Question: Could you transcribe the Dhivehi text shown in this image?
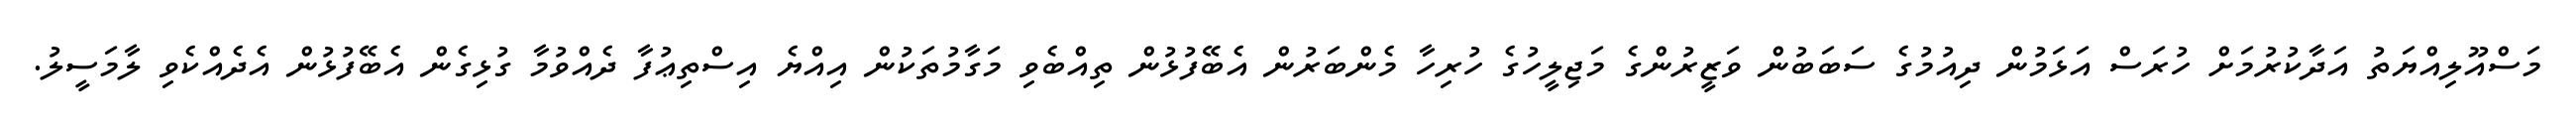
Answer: މަސްއޫލިއްޔަތު އަދާކުރުމަށް ހުރަސް އަޅަމުން ދިއުމުގެ ސަބަބުން ވަޒީރުންގެ މަޖިލީހުގެ ހުރިހާ މެންބަރުން އެބޭފުޅުން ތިއްބެވި މަގާމުތަކުން އިއްޔެ އިސްތިޢުފާ ދެއްވުމާ ގުޅިގެން އެބޭފުޅުން އެދެއްކެވި ލާމަސީލު.